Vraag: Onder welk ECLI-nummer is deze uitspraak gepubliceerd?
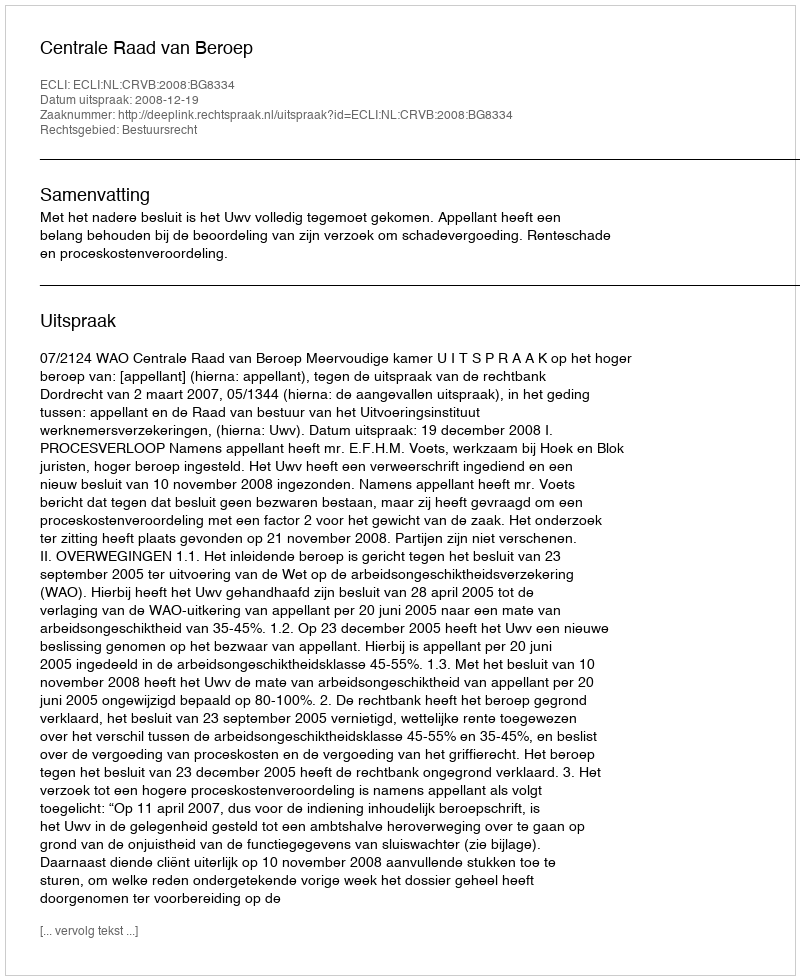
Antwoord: ECLI:NL:CRVB:2008:BG8334